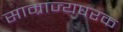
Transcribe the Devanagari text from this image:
साम्राज्यपरक